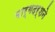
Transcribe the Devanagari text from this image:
मार्गदर्शने